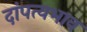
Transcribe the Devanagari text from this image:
दांपत्यभाव